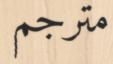
مترجم